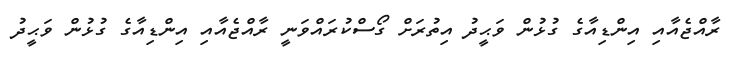
ރާއްޖެއާއި އިންޑިއާގެ ގުޅުން ވަޙީދު އިތުރަށް ގޯސްކުރައްވަނީ ރާއްޖެއާއި އިންޑިއާގެ ގުޅުން ވަޙީދު